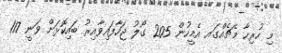
މި ހުރިހާ މެޗެއްގައ އެމީހުން 205 ގޯލު ޖަހާފައިވާއިރު ބައިކޮޅަށް ވަނީ 117